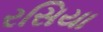
રસિયા